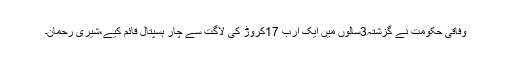
وفاقی حکومت نے گزشتہ3سالوں میں ایک ارب 17کروڑ کی لاگت سے چار ہسپتال قائم کیے،شیری رحمان۔